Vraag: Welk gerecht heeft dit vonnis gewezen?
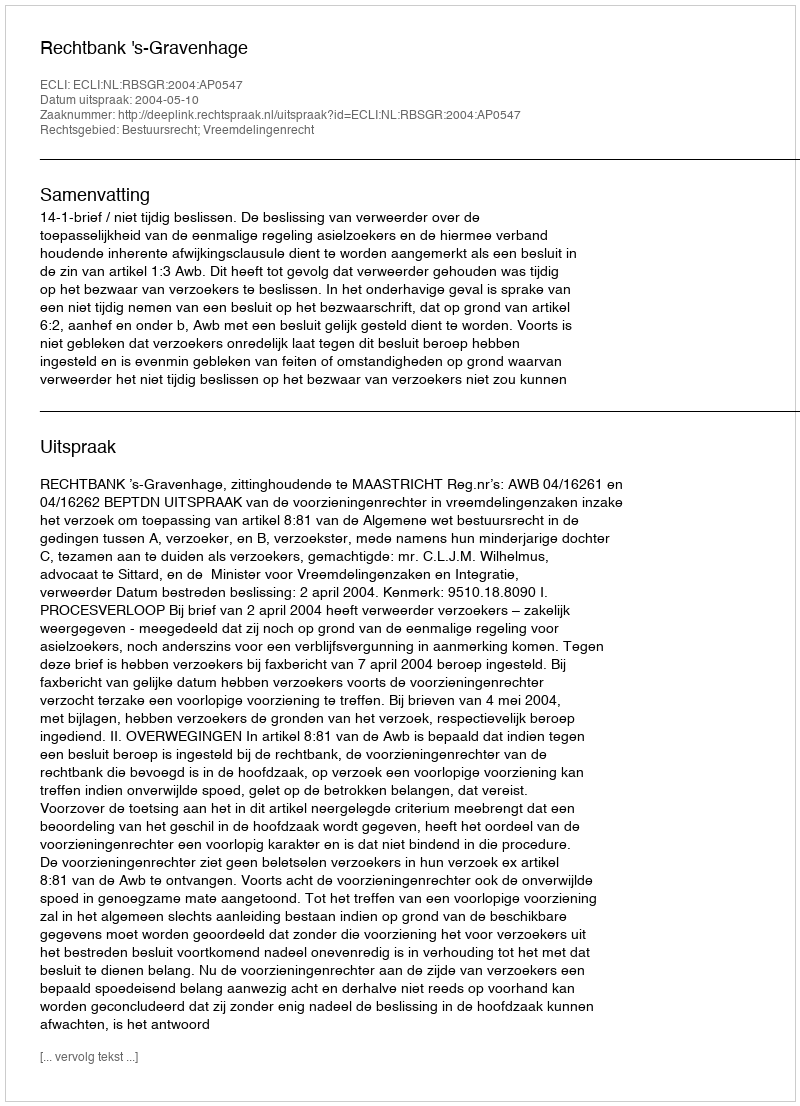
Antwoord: Rechtbank 's-Gravenhage